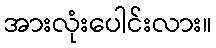
အားလုံးပေါင်းလား။